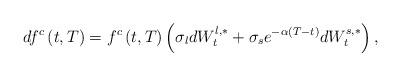
LaTeX: \begin{align*}df^c\left(t,T\right) = f^c\left(t,T\right)\left(\sigma_l dW_t^{l,*} + \sigma_s e^{-\alpha\left(T-t\right)}dW_t^{s,*} \right),\end{align*}